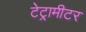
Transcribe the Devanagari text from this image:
टेट्रामीटर